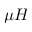
\mu H